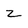
Character: z